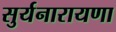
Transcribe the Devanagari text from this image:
सुर्यनारायणा